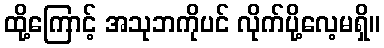
ထို့ကြောင့် အသုဘကိုပင် လိုက်ပို့လေ့မရှိ။